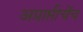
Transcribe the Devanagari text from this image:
अप्राप्तीचेंच